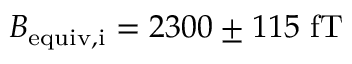
B _ { \mathrm { e q u i v , i } } = 2 3 0 0 \pm 1 1 5 ~ \mathrm { f T }